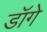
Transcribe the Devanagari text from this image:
डॉगे